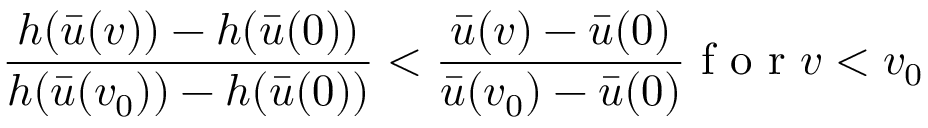
\frac { h ( \bar { u } ( v ) ) - h ( \bar { u } ( 0 ) ) } { h ( \bar { u } ( v _ { 0 } ) ) - h ( \bar { u } ( 0 ) ) } < \frac { \bar { u } ( v ) - \bar { u } ( 0 ) } { \bar { u } ( v _ { 0 } ) - \bar { u } ( 0 ) } \mathrm { ~ f ~ o ~ r ~ } v < v _ { 0 }